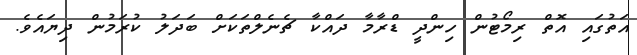
އަތުގައި އޮތް ރިމޯޓުން ހިންދީ ޑްރާމާ ދައްކާ ޗެނެލްތަކަށް ބަދަލު ކުރަމުން ދިޔައެވެ.